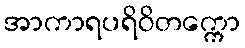
အာကာရပရိဝိတက္ကော